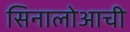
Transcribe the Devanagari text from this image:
सिनालोआची